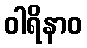
ဝါရိနာဝ